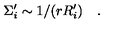
\Sigma _ { i } ^ { \prime } \sim 1 / ( r R _ { i } ^ { \prime } ) \quad .